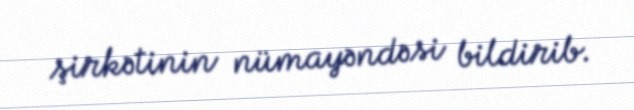
şirkətinin nümayəndəsi bildirib.